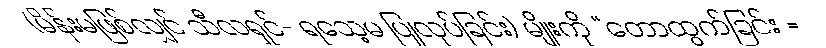
(မိန်းမဖြစ်လျှင် သီလရှင်- ရသေ့မ ပြုလုပ်ခြင်း) မျိုးကို “တောထွက်ခြင်း =